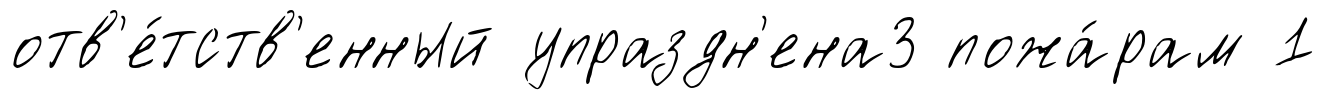
отв'е́тств'енный упраздн'ена3 пожа́рам 1